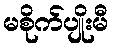
မစိုက်ပျိုးမီ